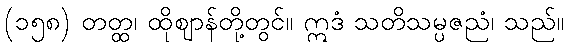
(၁၅၈) တတ္ထ၊ ထိုဈာန်တို့တွင်။ ဣဒံ သတိသမ္ပဇညံ၊ သည်။